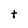
Character: t